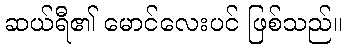
ဆယ်ရီ၏ မောင်လေးပင် ဖြစ်သည်။